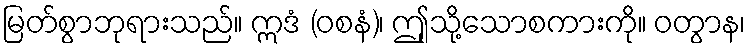
မြတ်စွာဘုရားသည်။ ဣဒံ (ဝစနံ)၊ ဤုသို့သောစကားကို။ ဝတွာန၊